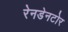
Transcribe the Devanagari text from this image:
रेनडेनटोर